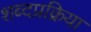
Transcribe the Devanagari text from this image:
शब्दप्रक्रिया